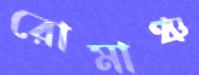
রোমাঞ্চ